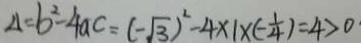
\Delta = b ^ { 2 } - 4 a c = ( - \sqrt { 3 } ) ^ { 2 } - 4 \times 1 \times ( - \frac { 1 } { 4 } ) = 4 > 0